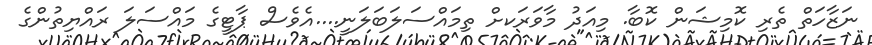
ނަޒާހަތް ތެރި ކޮމިޝަން ކޮބާ. މިއަދު މާވަރަކށް ތިމައްސަލަބަލަނީ....އެވެސް ޕާޓީގެ މައްސަލަ ރައްޔިތުންގެ